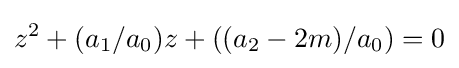
z^{2}+(a_{1}/a_{0})z+((a_{2}-2m)/a_{0})=0